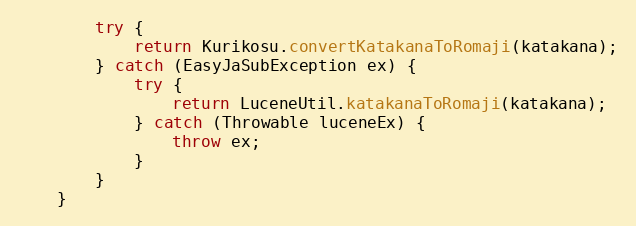
Language: Java
		try {
			return Kurikosu.convertKatakanaToRomaji(katakana);
		} catch (EasyJaSubException ex) {
			try {
				return LuceneUtil.katakanaToRomaji(katakana);
			} catch (Throwable luceneEx) {
				throw ex;
			}
		}
	}